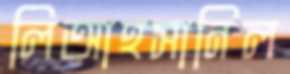
লিআহসানিল